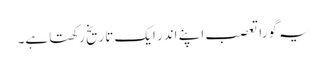
یہ گورا تعصب اپنے اندر ایک تاریخ رکھتا ہے۔